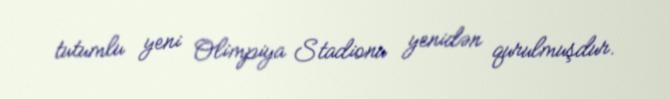
tutumlu yeni Olimpiya Stadionu yenidən qurulmuşdur.